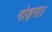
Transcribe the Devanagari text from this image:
मोड़ना।